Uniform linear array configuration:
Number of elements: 4
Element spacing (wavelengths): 0.75
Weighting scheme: blackman
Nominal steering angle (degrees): -45
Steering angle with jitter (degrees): -44.279
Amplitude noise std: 0.05
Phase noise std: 0.05

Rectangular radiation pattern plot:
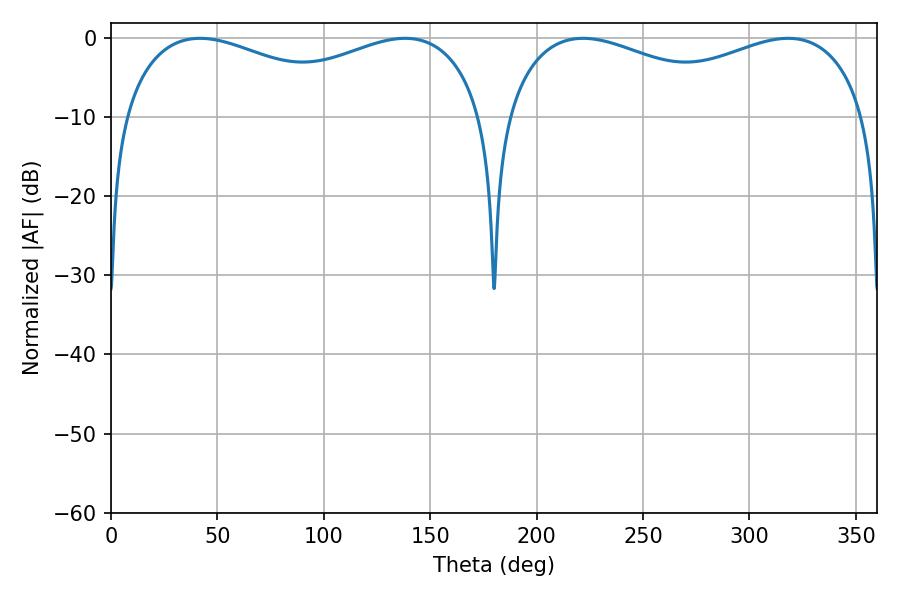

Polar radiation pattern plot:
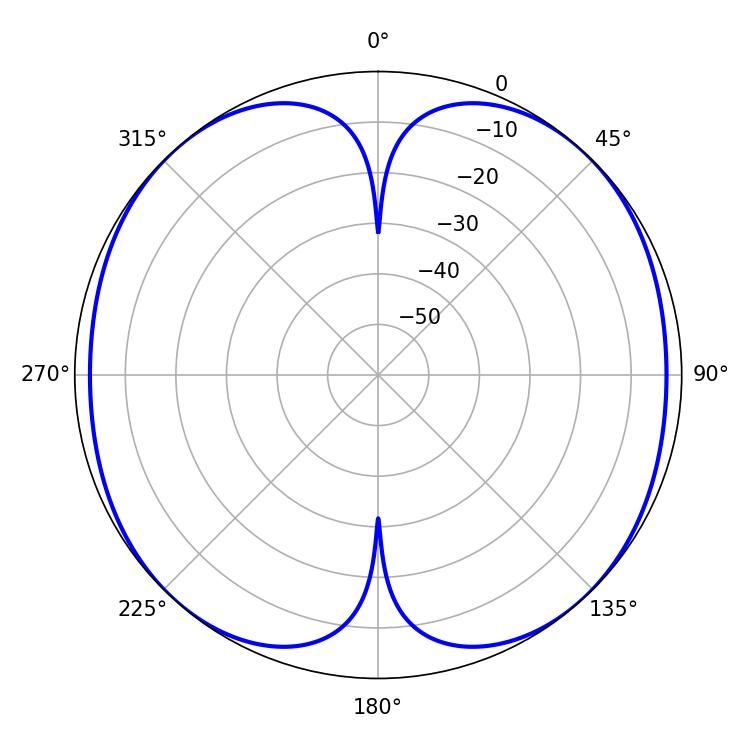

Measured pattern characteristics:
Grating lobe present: TRUE
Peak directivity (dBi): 41.772
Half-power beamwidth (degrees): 140.76
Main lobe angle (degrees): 221.76